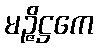
မဉ္ဇိဋ္ဌကေ